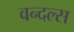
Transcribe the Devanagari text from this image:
वन्दल्स